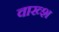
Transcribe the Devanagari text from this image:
वाख्श